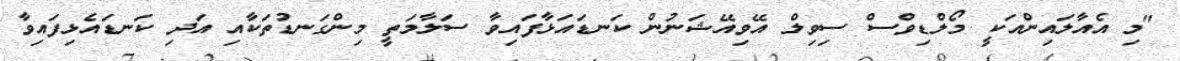
"މި އެއާލައިންއަކީ މޯލްޑިވްސް ސިވިލް އޭވިއޭޝަނުން ކަނޑައަޅާފައިވާ ސަލާމަތީ މިންގަނޑުތަކާއި އަދި ކަނޑައެޅިފައިވާ